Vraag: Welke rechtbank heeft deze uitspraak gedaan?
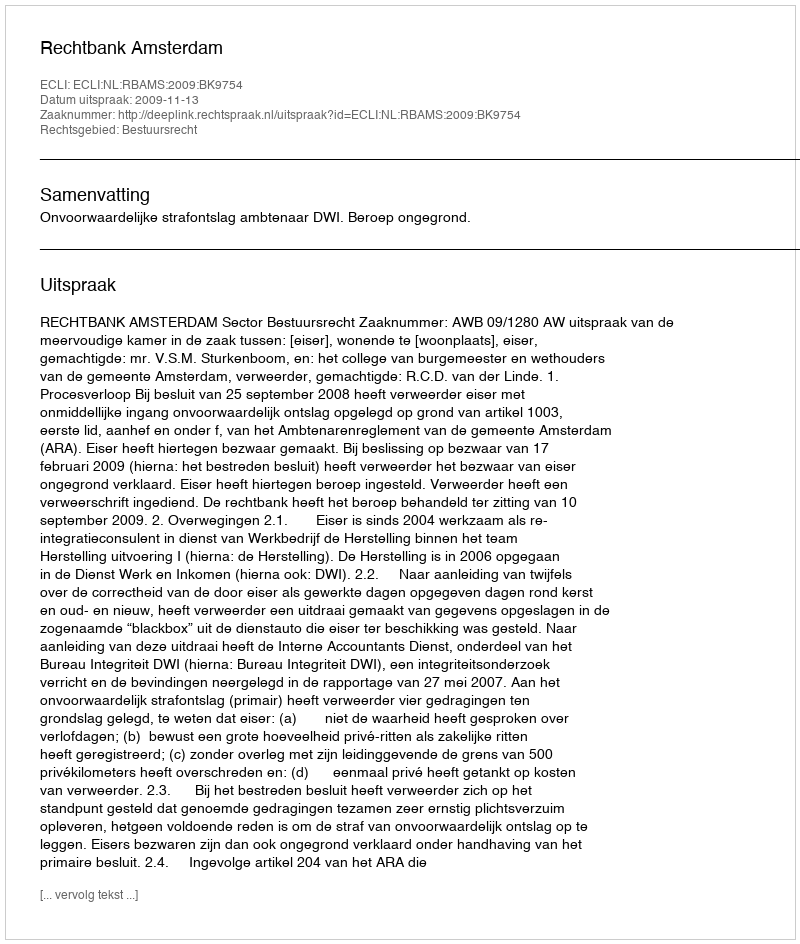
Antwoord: Rechtbank Amsterdam